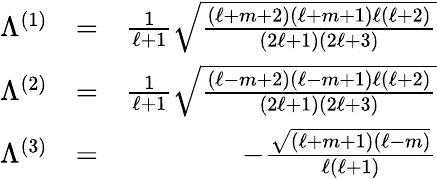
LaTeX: \begin{array}{rlr}{\Lambda^{(1)}}&{=}&{\frac 1{\ell+1}\sqrt{\frac{(\ell+m+2)(\ell+m+1)\ell(\ell+2)}{(2\ell+1)(2\ell+3)}}}\\ {\Lambda^{(2)}}&{=}&{\frac 1{\ell+1}\sqrt{\frac{(\ell-m+2)(\ell-m+1)\ell(\ell+2)}{(2\ell+1)(2\ell+3)}}}\\ {\Lambda^{(3)}}&{=}&{-\frac{\sqrt{(\ell+m+1)(\ell-m)}}{\ell(\ell+1)}}\end{array}